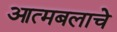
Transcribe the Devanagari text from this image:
आत्मबलाचे